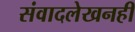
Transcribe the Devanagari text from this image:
संवादलेखनही